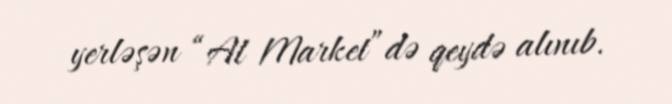
yerləşən “Al Market”də qeydə alınıb.